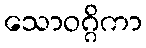
သောဝဂ္ဂိကာ